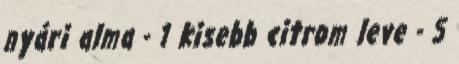
nyári alma - 1 kisebb citrom leve - 5